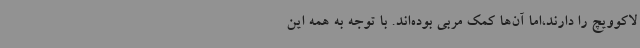
لاکوویچ را دارند،اما آن‌ها کمک مربی بوده‌اند. با توجه به همه این